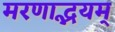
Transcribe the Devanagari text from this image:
मरणाद्भयम्